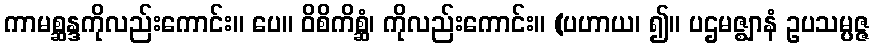
ကာမစ္ဆန္ဒကိုလည်းကောင်း။ ပေ။ ဝိစိကိစ္ဆံ၊ ကိုလည်းကောင်း။ (ပဟာယ၊ ၍။ ပဌမဇ္ဈာနံ ဥပသမ္ပဇ္ဇ